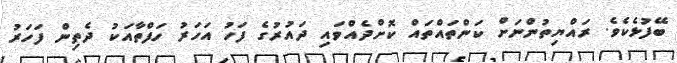
ބޭފުޅެކެވެ. ރައްޔިތުންނަށް ކަންތައްތައް ކޮށްދެއްވައި ދައުރުގެ ފަހު އަހަރު ހަފްތާއަކު ދެތިން ފަހަރު